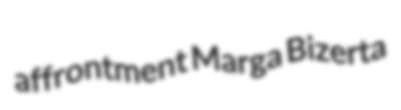
affrontment Marga Bizerta